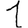
Digit: 1